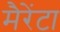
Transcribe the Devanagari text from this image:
मैरेंटा